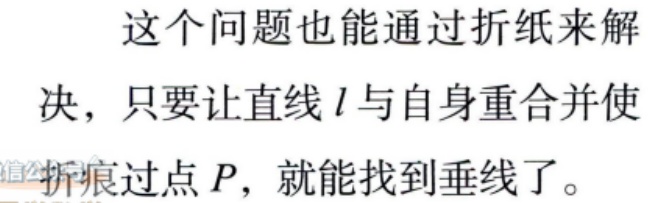
这个问题也能通过折纸来解决，只要让直线\(l\)与自身重合并使折痕过点\(P\)，就能找到垂线了。